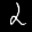
Label: 2